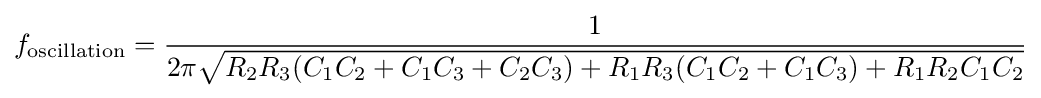
f_{\mathrm {oscillation} }={\frac {1}{2\pi {\sqrt {R_{2}R_{3}(C_{1}C_{2}+C_{1}C_{3}+C_{2}C_{3})+R_{1}R_{3}(C_{1}C_{2}+C_{1}C_{3})+R_{1}R_{2}C_{1}C_{2}}}}}